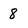
Character: 8